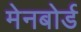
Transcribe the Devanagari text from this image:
मेनबोर्ड